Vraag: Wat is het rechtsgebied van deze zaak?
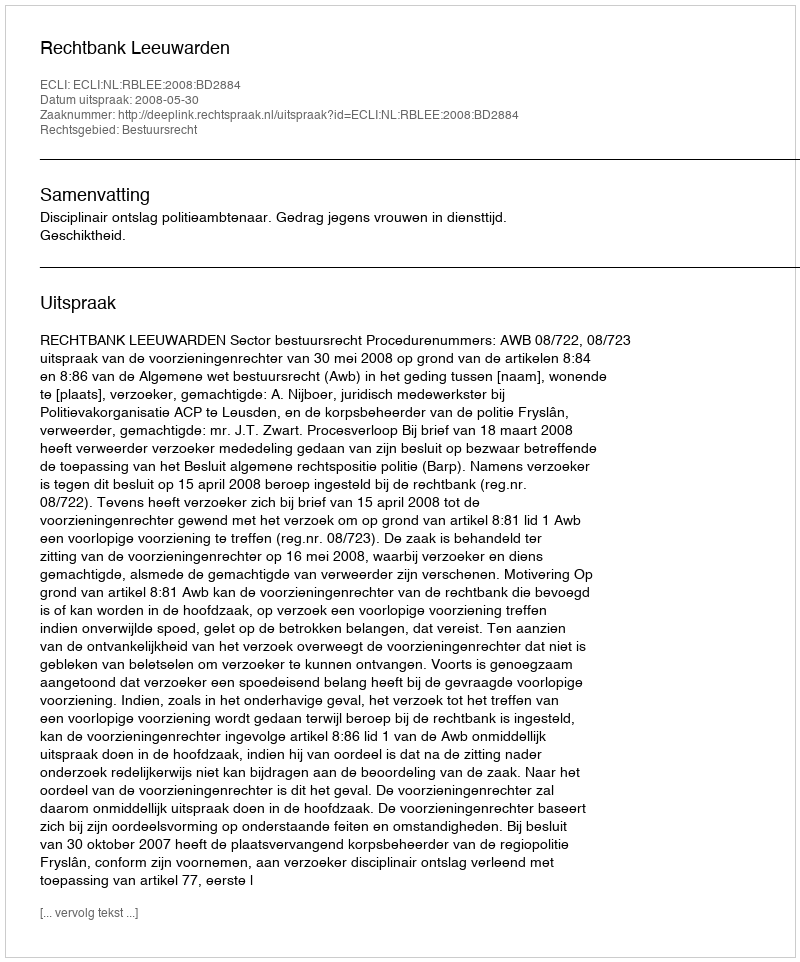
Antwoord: Bestuursrecht